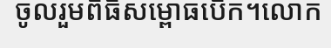
ចូលរួមពិធីសម្ពោធបើក។លោក